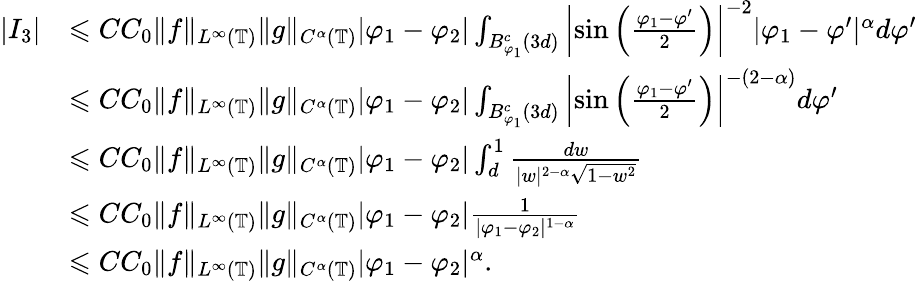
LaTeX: \begin{array}{rl}{|I_{3}|}&{\leqslant CC_{0}\| f\| _{L^{\infty}(\mathbb{T})}\| g\| _{C^{\alpha}(\mathbb{T})}|\varphi_{1}-\varphi_{2}|\int_{B_{\varphi_{1}}^{c}(3d)}\left|\sin\left(\frac{\varphi_{1}-\varphi^{\prime}}{2}\right)\right|^{-2}|\varphi_{1}-\varphi^{\prime}|^{\alpha}d\varphi^{\prime}}\\ &{\leqslant CC_{0}\| f\| _{L^{\infty}(\mathbb{T})}\| g\| _{C^{\alpha}(\mathbb{T})}|\varphi_{1}-\varphi_{2}|\int_{B_{\varphi_{1}}^{c}(3d)}\left|\sin\left(\frac{\varphi_{1}-\varphi^{\prime}}{2}\right)\right|^{-(2-\alpha)}d\varphi^{\prime}}\\ &{\leqslant CC_{0}\| f\| _{L^{\infty}(\mathbb{T})}\| g\| _{C^{\alpha}(\mathbb{T})}|\varphi_{1}-\varphi_{2}|\int_{d}^{1}\frac{dw}{|w|^{2-\alpha}\sqrt{1-w^{2}}}}\\ &{\leqslant CC_{0}\| f\| _{L^{\infty}(\mathbb{T})}\| g\| _{C^{\alpha}(\mathbb{T})}|\varphi_{1}-\varphi_{2}|\frac{1}{|\varphi_{1}-\varphi_{2}|^{1-\alpha}}}\\ &{\leqslant CC_{0}\| f\| _{L^{\infty}(\mathbb{T})}\| g\| _{C^{\alpha}(\mathbb{T})}|\varphi_{1}-\varphi_{2}|^{\alpha}.}\end{array}